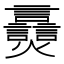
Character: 𬋠